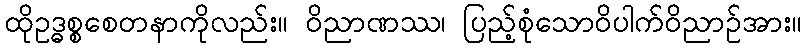
ထိုဥဒ္ဓစ္စစေတနာကိုလည်း။ ဝိညာဏဿ၊ ပြည့်စုံသောဝိပါက်ဝိညာဉ်အား။